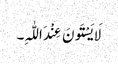
لَایَسْتَونَ عِنْدَ اللّٰہِ۔